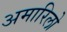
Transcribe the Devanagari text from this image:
अमारिलो